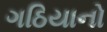
ગઠિયાનો